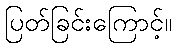
ပြတ်ခြင်းကြောင့်။